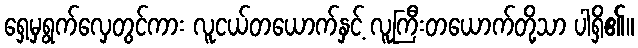
ရှေ့မှရွက်လှေတွင်ကား လူငယ်တယောက်နှင့် လူကြီးတယောက်တို့သာ ပါရှိ၏။